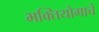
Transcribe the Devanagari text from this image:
भक्तियोगाचे